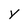
Character: y